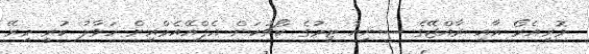
މޮރިއެރޯ އާއި ރާއްޖޭގެ ސީނިއާ ޓީމުގެ ކޯޗުކަން އެފްއޭއެމްއިން ހަވާލު ކުރީ މިރޭ